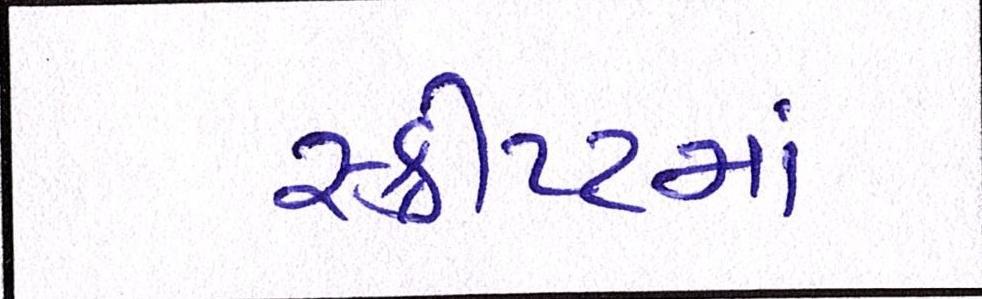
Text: સ્ક્રીપ્ટમાં